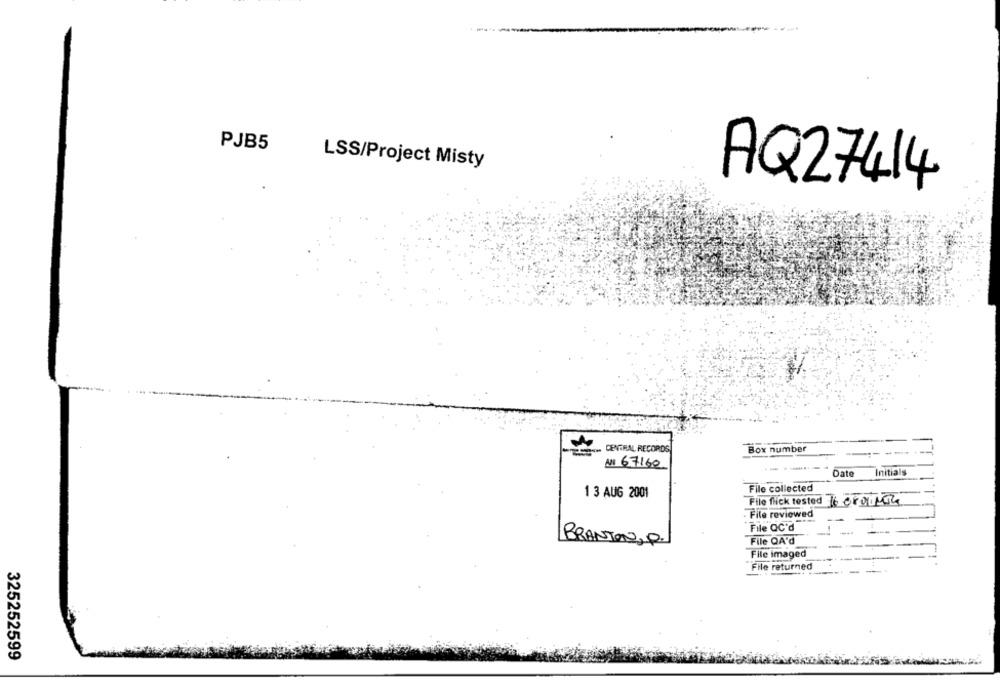
PJB5
LSS/Project Misty
AQ27414
CENTRAL RECORDS
Box number
AN 67160
-- ----
Date
Initials
File collected
1 3 AUG 2001
File flick tested 16 Orauch
File reviewed
File QC'd
BRANTON, P.
File QA'd
File imaged
File returned
325252599